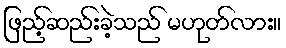
ဖြည့်ဆည်းခဲ့သည် မဟုတ်လား။